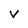
Character: V